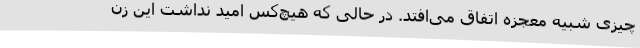
چیزی شبیه معجزه اتفاق می‌افتد. در حالی که هیچ‌کس امید نداشت این زن